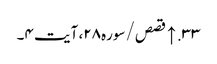
۳۳. ↑ قصص/سوره۲۸، آیت ۴۔